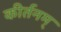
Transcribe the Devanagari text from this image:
कीर्तनम्